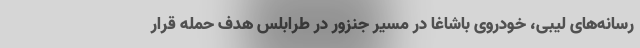
رسانه‌های لیبی، خودروی باشاغا در مسیر جنزور در طرابلس هدف حمله قرار